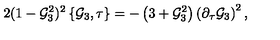
2 ( 1 - { \cal G } _ { 3 } ^ { 2 } ) ^ { 2 } \left\{ { \cal G } _ { 3 } , \tau \right\} = - \left( 3 + { \cal G } _ { 3 } ^ { 2 } \right) \left( \partial _ { \tau } { \cal G } _ { 3 } \right) ^ { 2 } ,